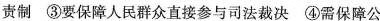
责制 ③要保障人民群众直接参与司法裁决 ④需保障公